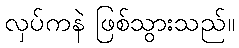
လှပ်ကနဲ ဖြစ်သွားသည်။